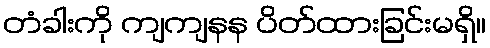
တံခါးကို ကျကျနန ပိတ်ထားခြင်းမရှိ။